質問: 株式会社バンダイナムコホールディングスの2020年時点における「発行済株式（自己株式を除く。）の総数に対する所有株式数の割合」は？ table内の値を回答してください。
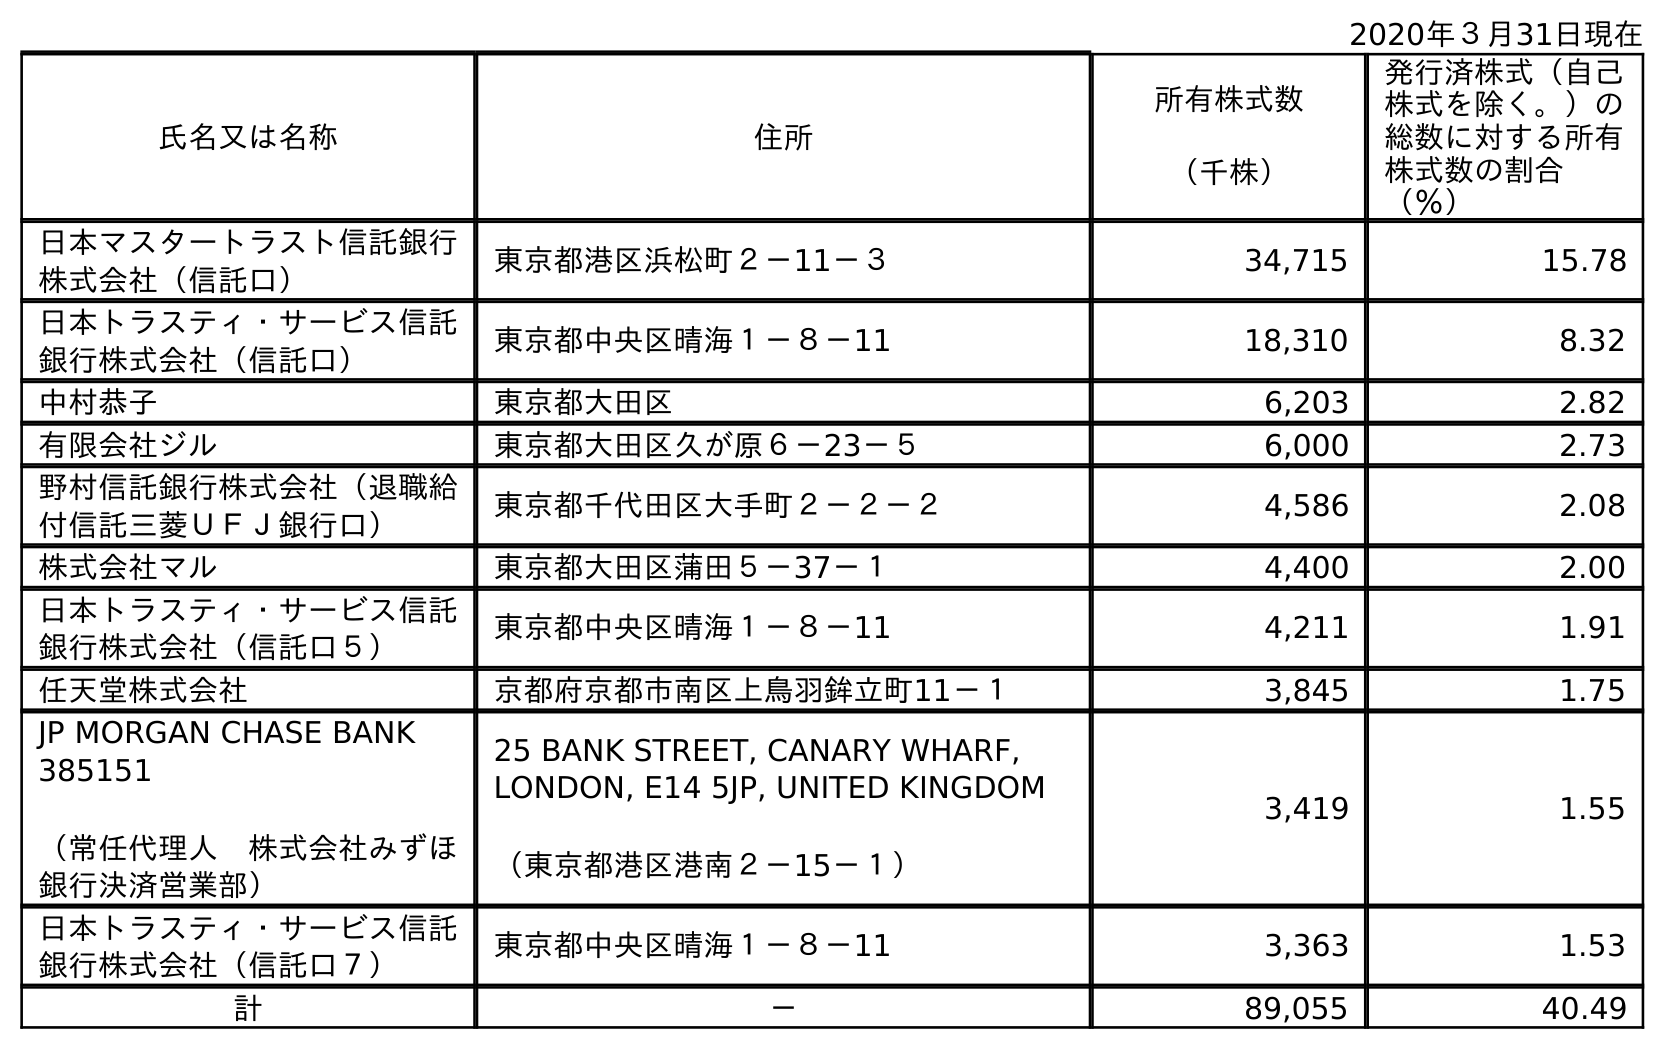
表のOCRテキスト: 2020年３月31日現在 氏名又は名称 住所 所有株式数 （千株） 発行済株式（自己 株式を除く。）の 総数に対する所有 株式数の割合 （％） 日本マスタートラスト信託銀行 株式会社（信託口） 東京都港区浜松町２－11－３ 34,715 15.78 日本トラスティ・サービス信託 銀行株式会社（信託口） 東京都中央区晴海１－８－11 18,310 8.32 中村恭子 東京都大田区 6,203 2.82 有限会社ジル 東京都大田区久が原６－23－５ 6,000 2.73 野村信託銀行株式会社（退職給 付信託三菱ＵＦＪ銀行口） 東京都千代田区大手町２－２－２ 4,586 2.08 株式会社マル 東京都大田区蒲田５－37－１ 4,400 2.00 日本トラスティ・サービス信託 銀行株式会社（信託口５） 東京都中央区晴海１－８－11 4,211 1.91 任天堂株式会社 京都府京都市南区上鳥羽鉾立町11－１ 3,845 1.75 JP MORGAN CHASE BANK 385151 （常任代理人 株式会社みずほ 銀行決済営業部） 25 BANK STREET, CANARY WHARF, LONDON, E14 5JP, UNITED KINGDOM （東京都港区港南２－15－１） 3,419 1.55 日本トラスティ・サービス信託 銀行株式会社（信託口７） 東京都中央区晴海１－８－11 3,363 1.53 計 － 89,055 40.49
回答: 40.49